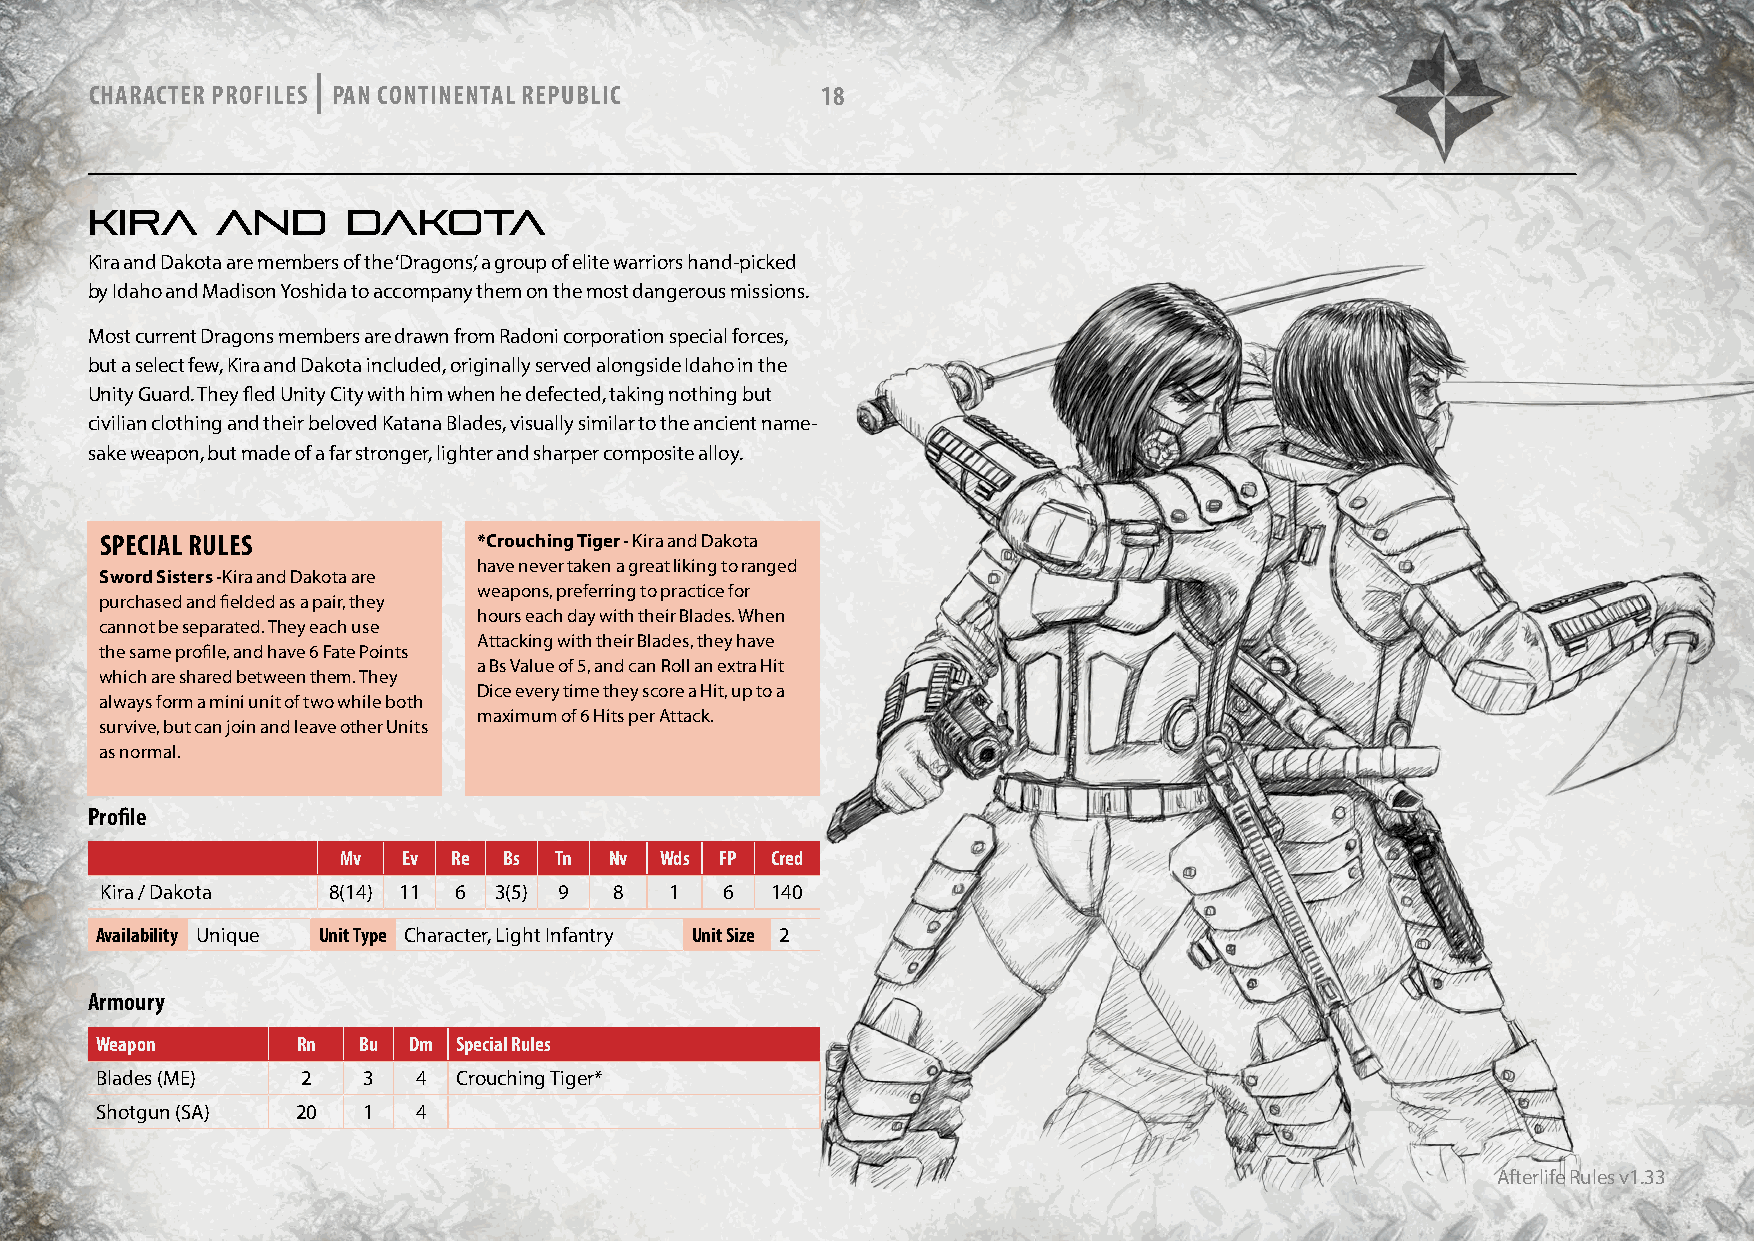
|
 CHARACTER PROFILES PAN CONTINENTAL REPUBLIC     18
 KIRA    AND      DAKOTA
 Kira and Dakota are members of the ‘Dragons’, a group of elite warriors hand-picked
 by Idaho and Madison Yoshida to accompany them on the most dangerous missions.
 Most current Dragons members are drawn from Radoni corporation special forces,
 but a select few, Kira and Dakota included, originally served alongside Idaho in the
 Unity Guard. They fled Unity City with him when he defected, taking nothing but
 civilian clothing and their beloved Katana Blades, visually similar to the ancient name-
 sake weapon, but made of a far stronger, lighter and sharper composite alloy.
 SPECIAL RULES            *Crouching Tiger - Kira and Dakota
 have never taken a great liking to ranged
 Sword Sisters -Kira and Dakota are
 weapons, preferring to practice for
 purchased and fielded as a pair, they
 hours each day with their Blades. When
 cannot be separated. They each use
 Attacking with their Blades, they have
 the same profile, and have 6 Fate Points
 a Bs Value of 5, and can Roll an extra Hit
 which are shared between them. They
 Dice every time they score a Hit, up to a
 always form a mini unit of two while both
 maximum of 6 Hits per Attack.
 survive, but can join and leave other Units
 as normal.
 Profile
 Mv  Ev Re Bs  Tn Nv  Wds FP Cred
 Kira / Dakota  8(14) 11 6 3(5) 9  8  1   6  140
 Availability Unique Unit Type Character, Light Infantry Unit Size 2
 Armoury
 Weapon        Rn  Bu Dm Special Rules
 Blades (ME)   2   3   4 Crouching Tiger*
 Shotgun (SA)  20  1   4
 Afterlife Rules v1.33